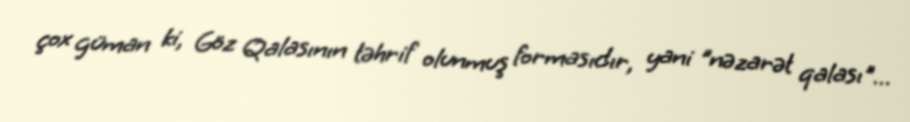
çox güman ki, Göz Qalasının təhrif olunmuş formasıdır, yani "nəzarət qalası"…